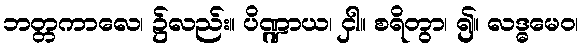
ဘတ္တကာလေ၊ ၌လည်း။ ပိဏ္ဍာယ၊ ငှါ။ စရိတွာ၊ ၍။ လဒ္ဓမေဝ၊